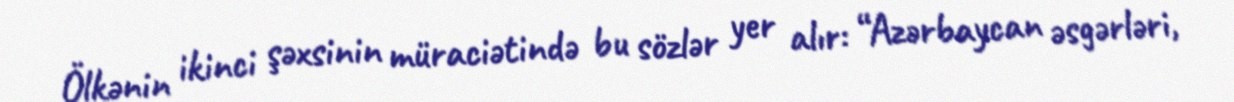
Ölkənin ikinci şəxsinin müraciətində bu sözlər yer alır: “Azərbaycan əsgərləri,